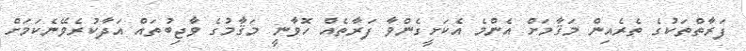
ފަރާތްތަކުގެ ތެރެއިން މަޤާމަށް އެންމެ އެކަށީގެންވާ ފަރާތެއް ހޮވާނީ މަޤާމުގެ ވާޖިބުތައް އަދާކުރެވޭނެކަމަށް